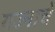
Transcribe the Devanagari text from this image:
यज्नाचे